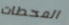
المحطات